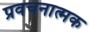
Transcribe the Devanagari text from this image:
प्रवचनात्मक